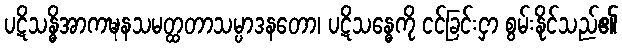
ပဋိသန္ဓိအာကဍ္ဎနသမတ္ထတာသမ္ပာဒနတော၊ ပဋိသန္ဓေကို ငင်ခြင်းငှာ စွမ်းနိုင်သည်၏